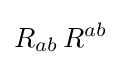
R_{ab}\,R^{ab}